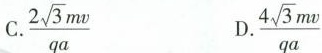
C.\frac{2 \sqrt{3}mv}{qa} D.\frac{4 \sqrt{3}mv}{qa}